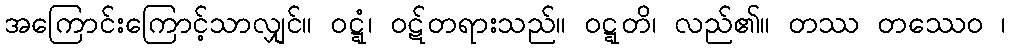
အကြောင်းကြောင့်သာလျှင်။ ဝဋ္ဋံ၊ ဝဋ်တရားသည်။ ဝဋ္ဋတိ၊ လည်၏။ တဿ တဿေဝ ၊